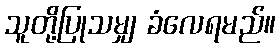
သူတို့ပြုသမျှ ခံလေရမည်။